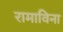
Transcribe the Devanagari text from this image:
रामाविना